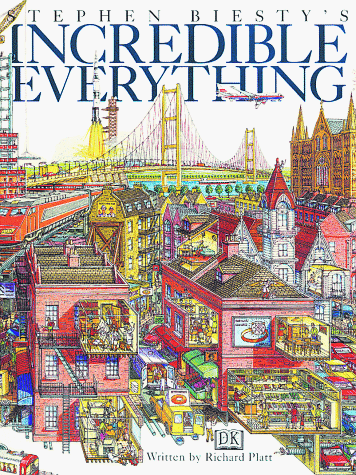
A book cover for Stephen Biesty's Incredible Everything; Richard Platt; Children's Books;